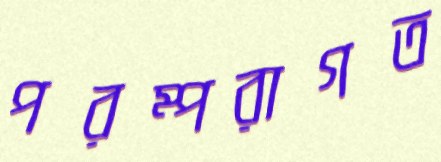
পরম্পরাগত